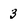
Character: 3